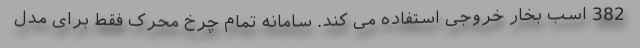
382 اسب بخار خروجی استفاده می کند. سامانه تمام چرخ محرک فقط برای مدل